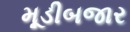
મૂડીબજાર